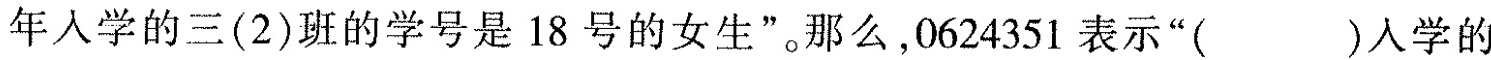
年入学的三(2)班的学号是18号的女生”那么，0624351表示”( )入学的